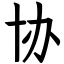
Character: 协